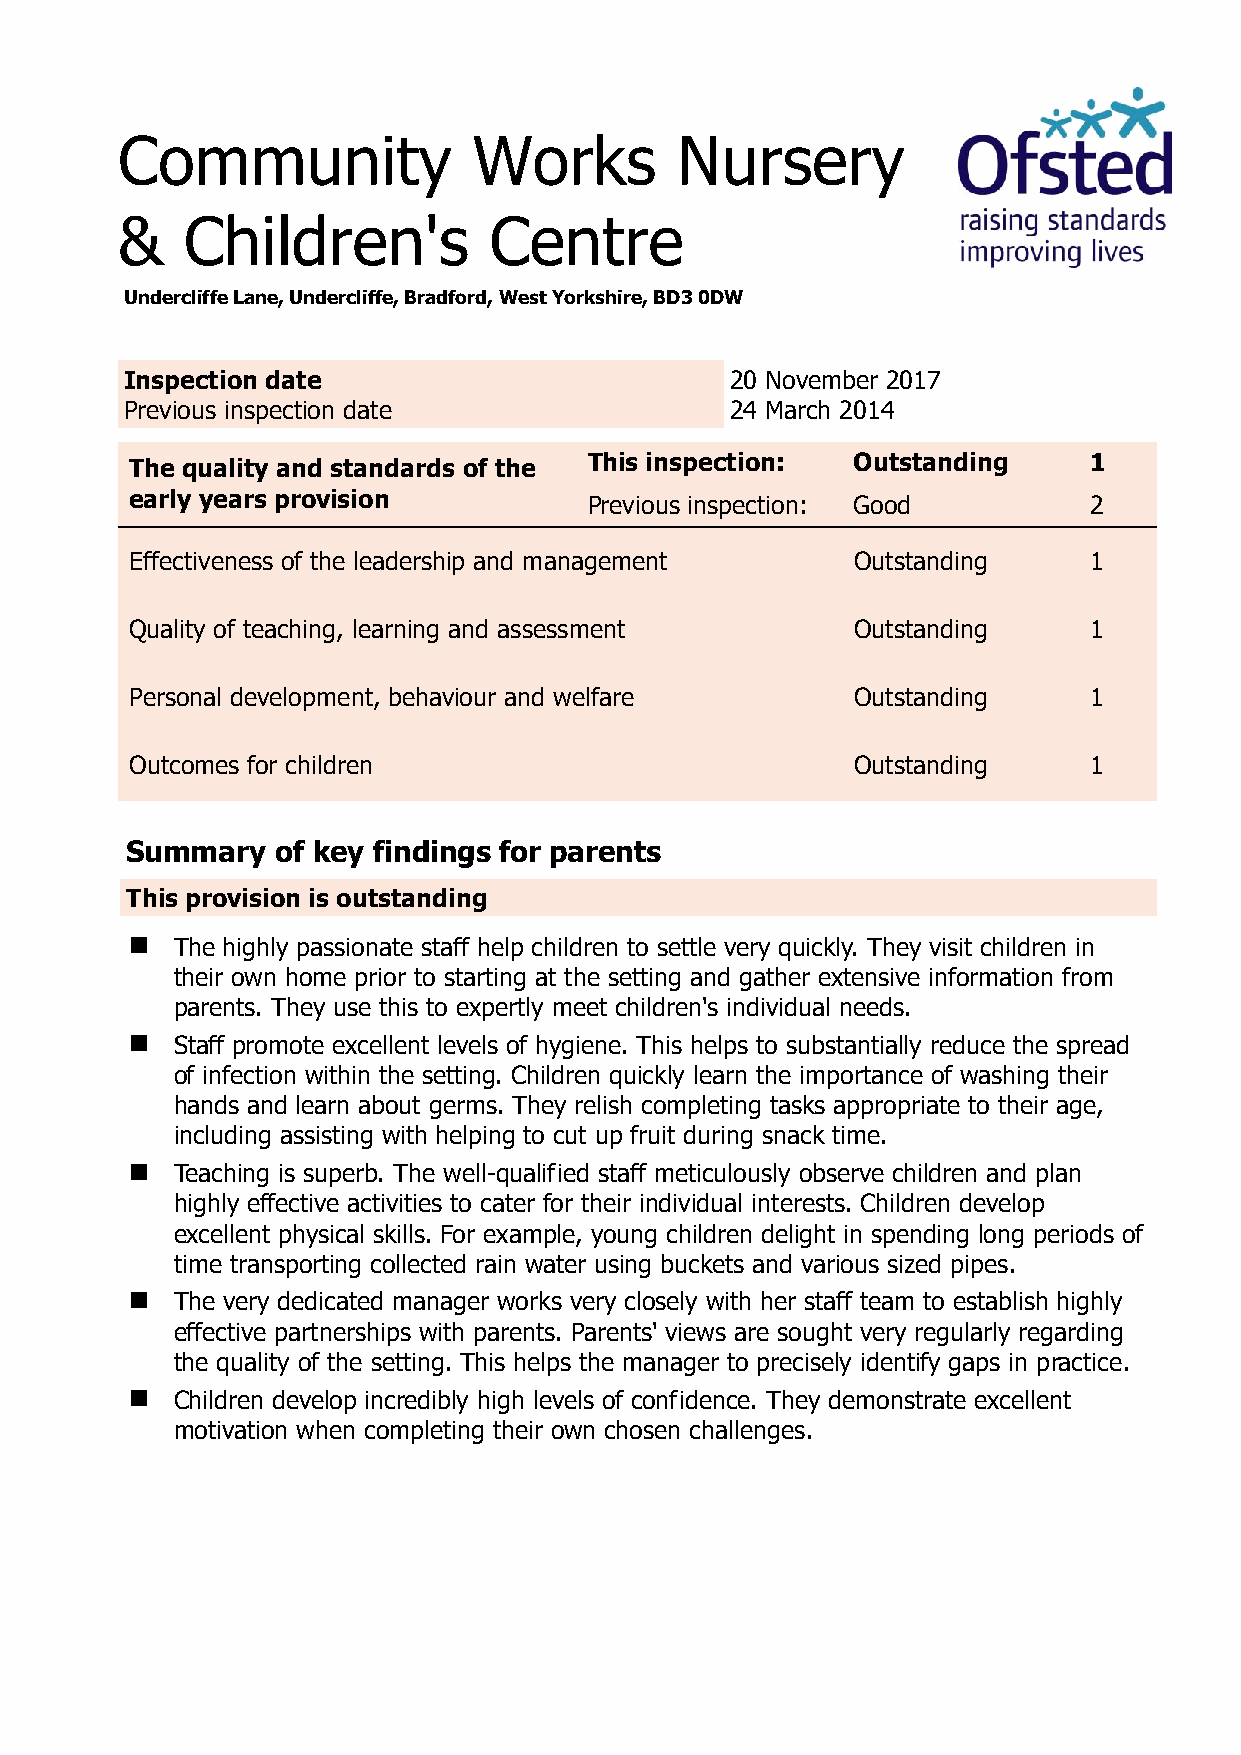
Community              Works         Nursery
 &   Children's          Centre
 Undercliffe Lane, Undercliffe, Bradford, West Yorkshire, BD3 0DW
 Inspection date                         20 November 2017
 Previous inspection date                24 March 2014
 The quality and standards of the This inspection: Outstanding  1
 early years provision         Previous inspection: Good        2
 Effectiveness of the leadership and management Outstanding     1
 Quality of teaching, learning and assessment   Outstanding     1
 Personal development, behaviour and welfare    Outstanding     1
 Outcomes for children                          Outstanding     1
 Summary   of key findings for parents
 This provision is outstanding
   The highly passionate staff help children to settle very quickly. They visit children in
 their own home prior to starting at the setting and gather extensive information from
 parents. They use this to expertly meet children's individual needs.
   Staff promote excellent levels of hygiene. This helps to substantially reduce the spread
 of infection within the setting. Children quickly learn the importance of washing their
 hands and learn about germs. They relish completing tasks appropriate to their age,
 including assisting with helping to cut up fruit during snack time.
   Teaching is superb. The well-qualified staff meticulously observe children and plan
 highly effective activities to cater for their individual interests. Children develop
 excellent physical skills. For example, young children delight in spending long periods of
 time transporting collected rain water using buckets and various sized pipes.
   The very dedicated manager works very closely with her staff team to establish highly
 effective partnerships with parents. Parents' views are sought very regularly regarding
 the quality of the setting. This helps the manager to precisely identify gaps in practice.
   Children develop incredibly high levels of confidence. They demonstrate excellent
 motivation when completing their own chosen challenges.